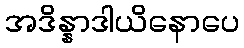
အဒိန္နာဒါယိနောပေ